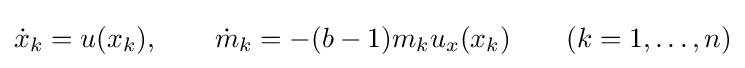
{\dot {x}}_{k}=u(x_{k}),\qquad {\dot {m}}_{k}=-(b-1)m_{k}u_{x}(x_{k})\qquad (k=1,\dots ,n)